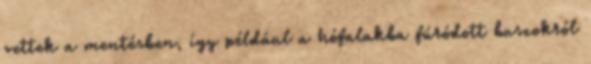
vettek a mentésben, így például a hófalakba fúródott buszokról